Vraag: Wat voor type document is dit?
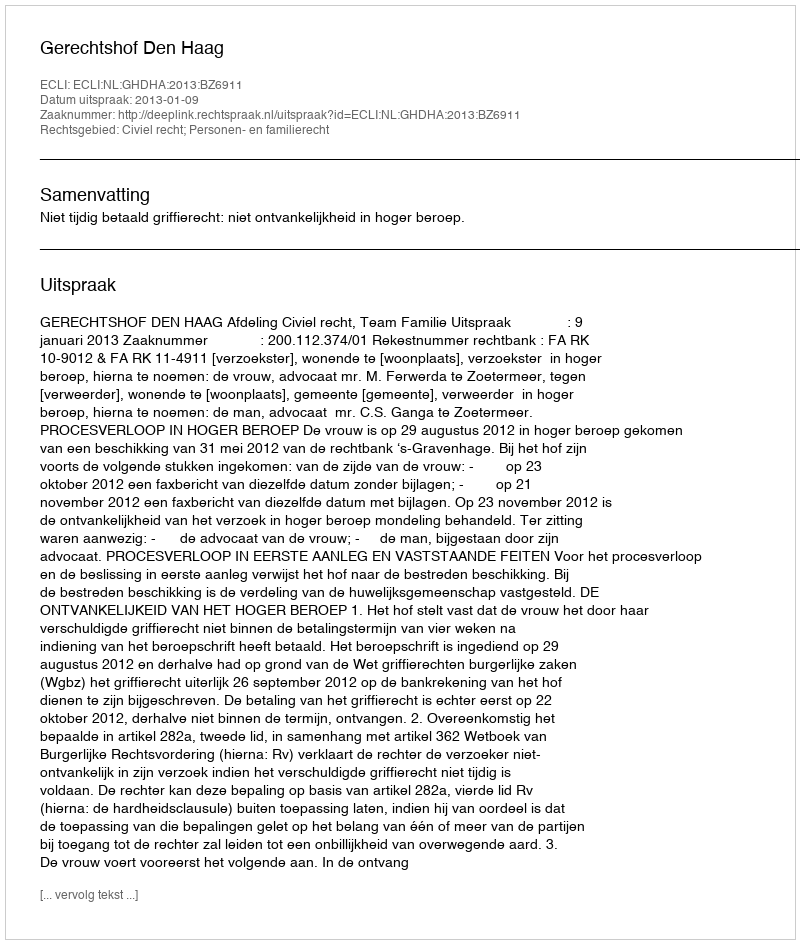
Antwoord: Uitspraak